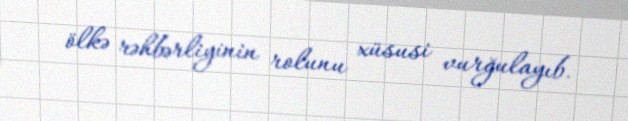
ölkə rəhbərliyinin rolunu xüsusi vurğulayıb.